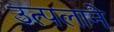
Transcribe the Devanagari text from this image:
उत्पलाने